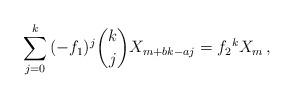
LaTeX: \begin{align*}\sum_{j = 0}^k {(-f_1)^j\binom kjX_{m + bk - aj}} = f_2{}^k X_m\,,\end{align*}